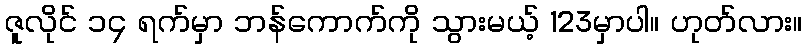
ဇူလိုင် ၁၄ ရက်မှာ ဘန်ကောက်ကို သွားမယ့် 123မှာပါ။ ဟုတ်လား။